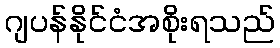
ဂျပန်နိုင်ငံအစိုးရသည်